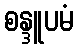
စန္ဒူပမံ